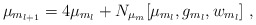
\begin{align*}\mu_{m_{l+1}}=4 \mu_{m_l} + N_{\mu_m}[\mu_{m_l}, g_{m_l}, w_{m_l}] \;,\end{align*}